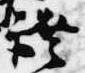
証